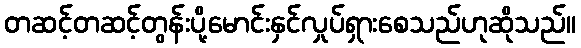
တဆင့်တဆင့်တွန်းပို့မောင်းနှင်လှုပ်ရှားစေသည်ဟုဆိုသည်။